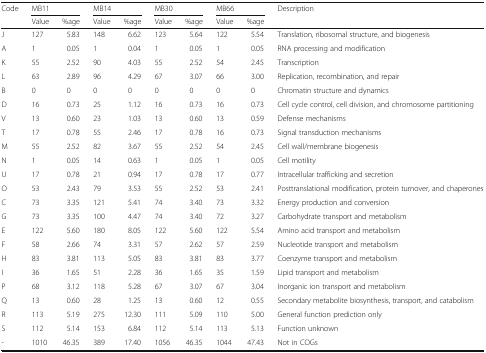
<table><thead><tr><td rowspan="2"><b>Code</b></td><td colspan="2"><b>MB11</b></td><td colspan="2"><b>MB14</b></td><td colspan="2"><b>MB30</b></td><td colspan="2"><b>MB66</b></td><td rowspan="2"><b>Description</b></td></tr><tr><td><b>Value</b></td><td><b>%age</b></td><td><b>Value</b></td><td><b>%age</b></td><td><b>Value</b></td><td><b>%age</b></td><td><b>Value</b></td><td><b>%age</b></td></tr></thead><tbody><tr><td>J</td><td>127</td><td>5.83</td><td>148</td><td>6.62</td><td>123</td><td>5.64</td><td>122</td><td>5.54</td><td>Translation, ribosomal structure, and biogenesis</td></tr><tr><td>A</td><td>1</td><td>0.05</td><td>1</td><td>0.04</td><td>1</td><td>0.05</td><td>1</td><td>0.05</td><td>RNA processing and modification</td></tr><tr><td>K</td><td>55</td><td>2.52</td><td>90</td><td>4.03</td><td>55</td><td>2.52</td><td>54</td><td>2.45</td><td>Transcription</td></tr><tr><td>L</td><td>63</td><td>2.89</td><td>96</td><td>4.29</td><td>67</td><td>3.07</td><td>66</td><td>3.00</td><td>Replication, recombination, and repair</td></tr><tr><td>B</td><td>0</td><td>0</td><td>0</td><td>0</td><td>0</td><td>0</td><td>0</td><td>0</td><td>Chromatin structure and dynamics</td></tr><tr><td>D</td><td>16</td><td>0.73</td><td>25</td><td>1.12</td><td>16</td><td>0.73</td><td>16</td><td>0.73</td><td>Cell cycle control, cell division, and chromosome partitioning</td></tr><tr><td>V</td><td>13</td><td>0.60</td><td>23</td><td>1.03</td><td>13</td><td>0.60</td><td>13</td><td>0.59</td><td>Defense mechanisms</td></tr><tr><td>T</td><td>17</td><td>0.78</td><td>55</td><td>2.46</td><td>17</td><td>0.78</td><td>16</td><td>0.73</td><td>Signal transduction mechanisms</td></tr><tr><td>M</td><td>55</td><td>2.52</td><td>82</td><td>3.67</td><td>55</td><td>2.52</td><td>54</td><td>2.45</td><td>Cell wall/membrane biogenesis</td></tr><tr><td>N</td><td>1</td><td>0.05</td><td>14</td><td>0.63</td><td>1</td><td>0.05</td><td>1</td><td>0.05</td><td>Cell motility</td></tr><tr><td>U</td><td>17</td><td>0.78</td><td>21</td><td>0.94</td><td>17</td><td>0.78</td><td>17</td><td>0.77</td><td>Intracellular trafficking and secretion</td></tr><tr><td>O</td><td>53</td><td>2.43</td><td>79</td><td>3.53</td><td>55</td><td>2.52</td><td>53</td><td>2.41</td><td>Posttranslational modification, protein turnover, and chaperones</td></tr><tr><td>C</td><td>73</td><td>3.35</td><td>121</td><td>5.41</td><td>74</td><td>3.40</td><td>73</td><td>3.32</td><td>Energy production and conversion</td></tr><tr><td>G</td><td>73</td><td>3.35</td><td>100</td><td>4.47</td><td>74</td><td>3.40</td><td>72</td><td>3.27</td><td>Carbohydrate transport and metabolism</td></tr><tr><td>E</td><td>122</td><td>5.60</td><td>180</td><td>8.05</td><td>122</td><td>5.60</td><td>122</td><td>5.54</td><td>Amino acid transport and metabolism</td></tr><tr><td>F</td><td>58</td><td>2.66</td><td>74</td><td>3.31</td><td>57</td><td>2.62</td><td>57</td><td>2.59</td><td>Nucleotide transport and metabolism</td></tr><tr><td>H</td><td>83</td><td>3.81</td><td>113</td><td>5.05</td><td>83</td><td>3.81</td><td>83</td><td>3.77</td><td>Coenzyme transport and metabolism</td></tr><tr><td>I</td><td>36</td><td>1.65</td><td>51</td><td>2.28</td><td>36</td><td>1.65</td><td>35</td><td>1.59</td><td>Lipid transport and metabolism</td></tr><tr><td>P</td><td>68</td><td>3.12</td><td>118</td><td>5.28</td><td>67</td><td>3.07</td><td>67</td><td>3.04</td><td>Inorganic ion transport and metabolism</td></tr><tr><td>Q</td><td>13</td><td>0.60</td><td>28</td><td>1.25</td><td>13</td><td>0.60</td><td>12</td><td>0.55</td><td>Secondary metabolite biosynthesis, transport, and catabolism</td></tr><tr><td>R</td><td>113</td><td>5.19</td><td>275</td><td>12.30</td><td>111</td><td>5.09</td><td>110</td><td>5.00</td><td>General function prediction only</td></tr><tr><td>S</td><td>112</td><td>5.14</td><td>153</td><td>6.84</td><td>112</td><td>5.14</td><td>113</td><td>5.13</td><td>Function unknown</td></tr><tr><td>-</td><td>1010</td><td>46.35</td><td>389</td><td>17.40</td><td>1056</td><td>46.35</td><td>1044</td><td>47.43</td><td>Not in COGs</td></tr></tbody></table>